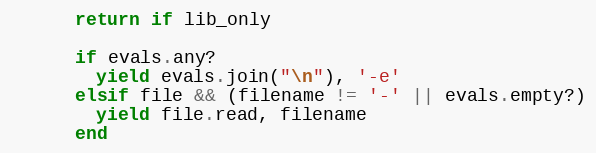
Language: Ruby
      return if lib_only

      if evals.any?
        yield evals.join("\n"), '-e'
      elsif file && (filename != '-' || evals.empty?)
        yield file.read, filename
      end